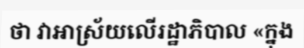
ថា វាអាស្រ័យលើរដ្ឋាភិបាល «ក្នុង